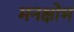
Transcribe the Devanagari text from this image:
मनक्षोभ